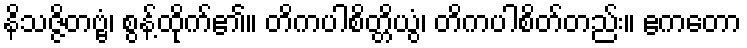
နိသဇ္ဇိတဗ္ဗံ၊ စွန့်ထိုက်၏။ တိကပါစိတ္တိယွံ၊ တိကပါစိတ်တည်း။ ဧကတော